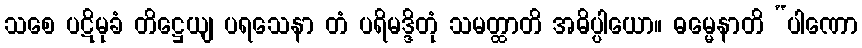
သစေ ပဋိမုခံ တိဋ္ဌေယျ ပရသေနာ တံ ပရိမဒ္ဒိတုံ သမတ္ထာတိ အဓိပ္ပါယော။ ဓမ္မေနာတိ “ပါဏော